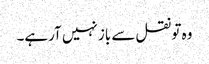
وہ تو نقل سے باز نہیں آرہے۔